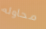
محاوله